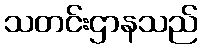
သတင်းဌာနသည်